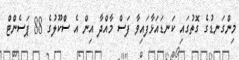
މިންގަނޑުގެ ގޮތުގައި ކަނޑައަޅާފައިވާ ފަސް މާއްދާ އިން އެ ސްކޫލުގެ 88 ޕަސެންޓް